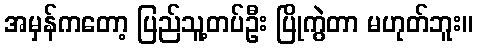
အမှန်ကတော့ ပြည်သူ့တပ်ဦး ပြိုကွဲတာ မဟုတ်ဘူး။